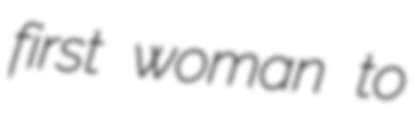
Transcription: first woman to